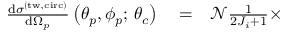
\begin{array} { r l r } { \frac { \mathrm { d } \sigma ^ { \mathrm { ( t w , c i r c ) } } } { \mathrm { d } \Omega _ { p } } \left( \theta _ { p } , \phi _ { p } ; \, \theta _ { c } \right) } & { { } = } & { \mathcal { N } \frac { 1 } { 2 J _ { i } + 1 } \times \, } \end{array}